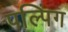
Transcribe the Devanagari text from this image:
पल्पिंग